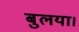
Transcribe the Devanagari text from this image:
बुलया।